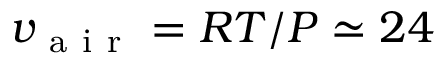
v _ { \mathrm { ~ a ~ i ~ r ~ } } = R T / P \simeq 2 4